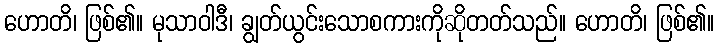
ဟောတိ၊ ဖြစ်၏။ မုသာဝါဒီ၊ ချွတ်ယွင်းသောစကားကိုဆိုတတ်သည်။ ဟောတိ၊ ဖြစ်၏။